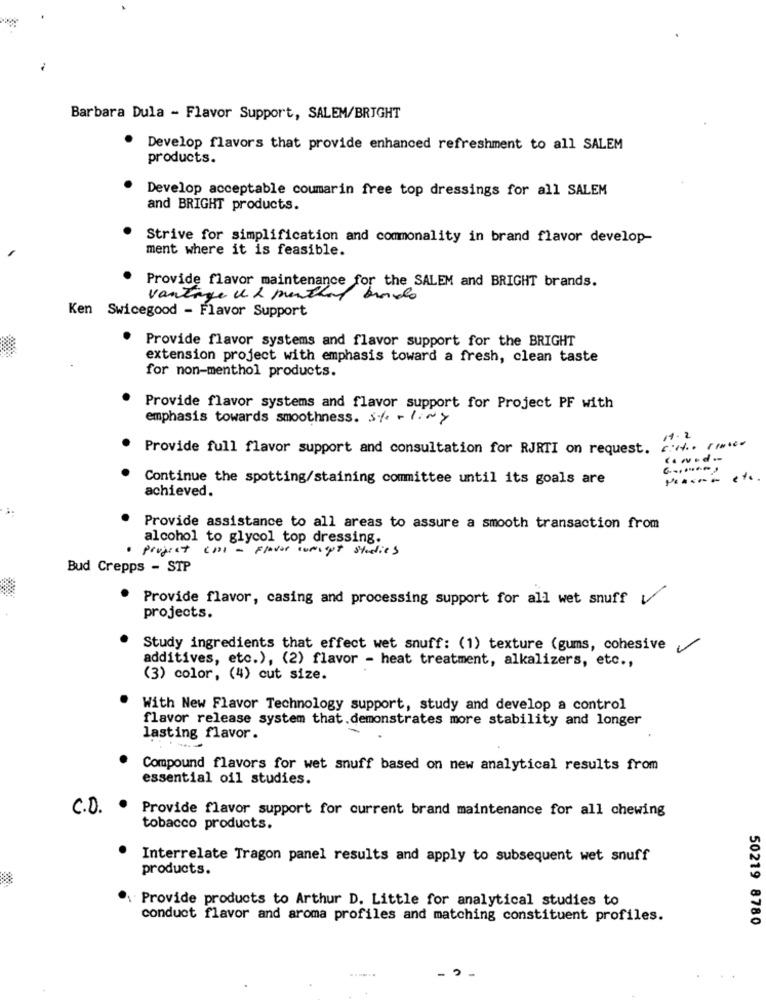
Barbara Dula - Flavor Support, SALEM/BRIGHT
Develop flavors that provide enhanced refreshment to all SALEM
products.
Develop acceptable coumarin free top dressings for all SALEM
and BRIGHT products.
Strive for simplification and commonality in brand flavor develop-
ment where it is feasible.
Provide flavor maintenance for the SALEM and BRIGHT brands.
vantage u 2 months
Ken Swicegood - Flavor Support
Provide flavor systems and flavor support for the BRIGHT
extension project with emphasis toward a fresh, clean taste
for non-menthol products.
Provide flavor systems and flavor support for Project PF with
emphasis towards smoothness. ste - liwy
1.2
Provide full flavor support and consultation for RJRTI on request. c :... (
Continue the spotting/staining committee until its goals are
achieved.
Provide assistance to all areas to assure a smooth transaction from
alcohol to glycol top dressing.
· project CHI - Flavor concept studies
Bud Crepps - STP
Provide flavor, casing and processing support for all wet snuff V
projects.
Study ingredients that effect wet snuff: (1) texture (gums, cohesive
additives, etc.), (2) flavor - heat treatment, alkalizers, etc .,
(3) color, (4) cut size.
With New Flavor Technology support, study and develop a control
flavor release system that.demonstrates more stability and longer
lasting flavor.
Compound flavors for wet snuff based on new analytical results from
essential oil studies.
C.D. . Provide flavor support for current brand maintenance for all chewing
tobacco products.
Interrelate Tragon panel results and apply to subsequent wet snuff
products.
Provide products to Arthur D. Little for analytical studies to
conduct flavor and aroma profiles and matching constituent profiles.
50219 8780